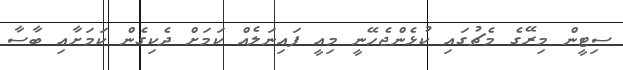
ސިޓީން މިރޭގެ މެޗުގައި ކުޅެންޖެހޭނީ މިއީ ފައިނަލެއް ކަމަށް ދެކިގެން ކަމަށާއި ބާސާ